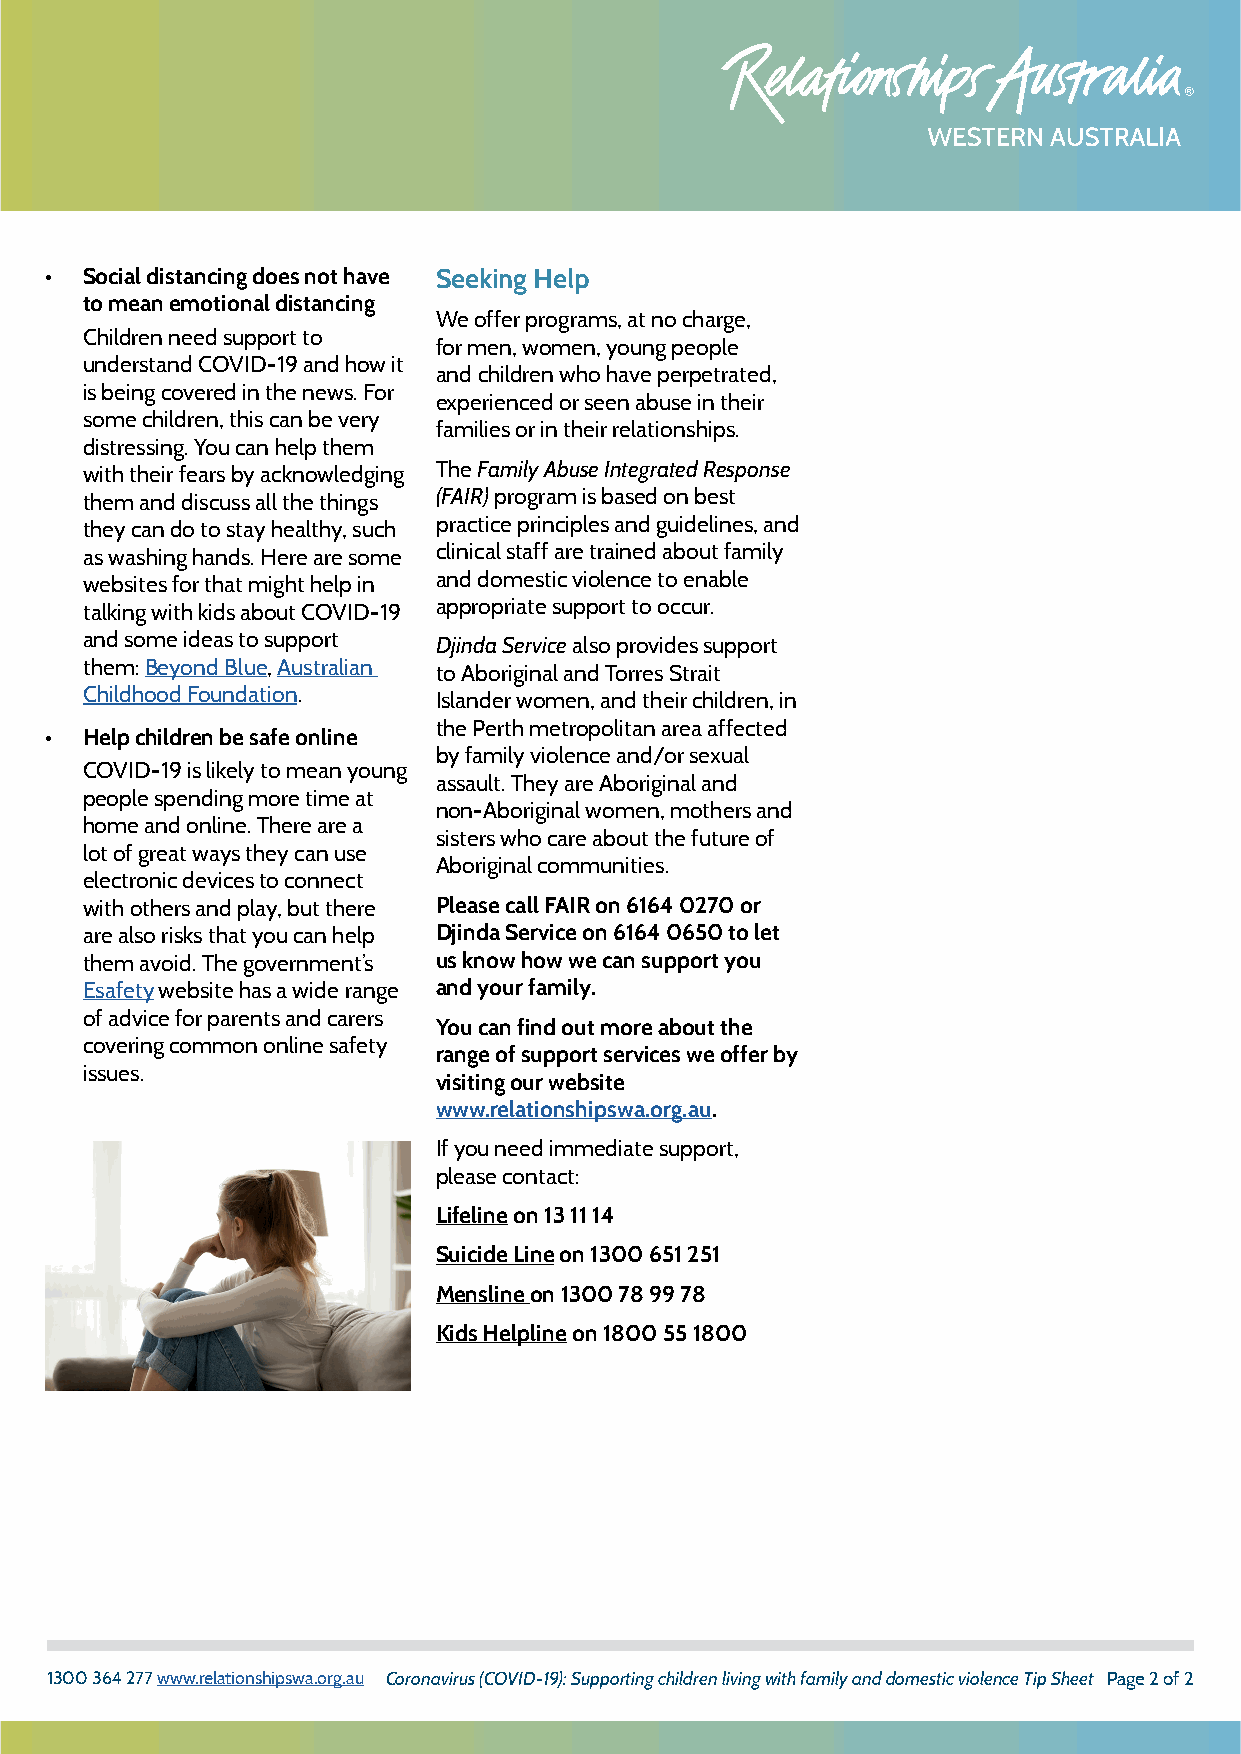
• Social distancing does not have Seeking Help
 to mean emotional distancing
 We offer programs, at no charge,
 Children need support to
 for men, women, young people
 understand COVID-19 and how it
 and children who have perpetrated,
 is being covered in the news. For
 experienced or seen abuse in their
 some children, this can be very
 families or in their relationships.
 distressing. You can help them
 with their fears by acknowledging The Family Abuse Integrated Response
 them and discuss all the things (FAIR) program is based on best
 they can do to stay healthy, such practice principles and guidelines, and
 as washing hands. Here are some clinical staff are trained about family
 websites for that might help in and domestic violence to enable
 talking with kids about COVID-19 appropriate support to occur.
 and some ideas to support Djinda Service also provides support
 them: Beyond Blue, Australian to Aboriginal and Torres Strait
 Childhood Foundation.   Islander women, and their children, in
 the Perth metropolitan area affected
 • Help children be safe online
 by family violence and/or sexual
 COVID-19 is likely to mean young
 assault. They are Aboriginal and
 people spending more time at
 non-Aboriginal women, mothers and
 home and online. There are a
 sisters who care about the future of
 lot of great ways they can use
 Aboriginal communities.
 electronic devices to connect
 with others and play, but there Please call FAIR on 6164 0270 or
 are also risks that you can help Djinda Service on 6164 0650 to let
 them avoid. The government’s us know how we can support you
 Esafety website has a wide range and your family.
 of advice for parents and carers
 You can find out more about the
 covering common online safety
 range of support services we offer by
 issues.
 visiting our website
 www.relationshipswa.org.au.
 If you need immediate support,
 please contact:
 Lifeline on 13 11 14
 Suicide Line on 1300 651 251
 Mensline on 1300 78 99 78
 Kids Helpline on 1800 55 1800
 1300 364 277 www.relationshipswa.org.au Coronavirus (COVID-19): Supporting children living with family and domestic violence Tip Sheet Page 2 of 2